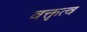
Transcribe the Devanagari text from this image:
वक्तृत्‍व